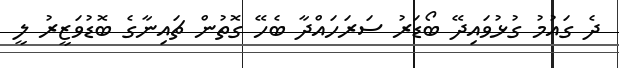
ދެ ގައުމު ގުޅުވައިދޭ ބޯޑަރު ސަރަހައްދާ ބެހޭ ގޮތުން ޗައިނާގެ ބޮޑުވަޒީރު ލީ